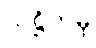
သဋ္ဌိကမှိ